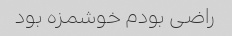
راضی بودم خوشمزه بود